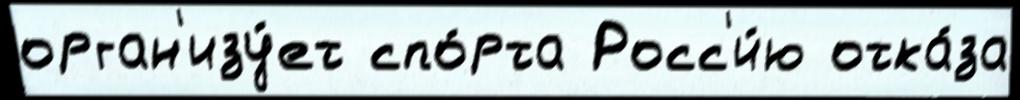
орган'изу́ет спо́рта Росс'и́ю отка́за